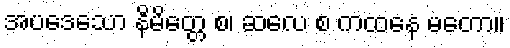
အပဒေသော နိမိတ္တေ စ၊ ဆလေ စ ကထနေ မတော။